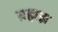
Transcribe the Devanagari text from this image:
ब्रह्मज्ञ